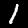
Label: 1